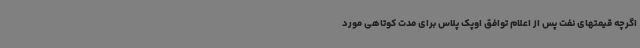
اگرچه قیمتهای نفت پس از اعلام توافق اوپک پلاس برای مدت کوتاهی مورد